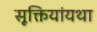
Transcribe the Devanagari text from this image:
सूक्तियांयथा